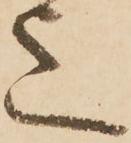
上